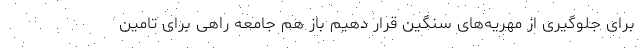
برای جلوگیری از مهریه‌های سنگین قرار دهیم باز هم جامعه راهی برای تامین